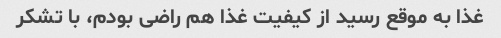
غذا به موقع رسید از کیفیت غذا هم راضی بودم، با تشکر